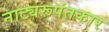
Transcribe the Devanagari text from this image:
नाट्यरूपंतकार